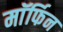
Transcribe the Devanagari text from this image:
माॅर्फिन